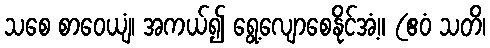
သစေ စာဝေယျံ၊ အကယ်၍ ရွေ့လျောစေနိုင်အံ့။ (ဧဝံ သတိ၊